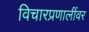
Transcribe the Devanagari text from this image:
विचारप्रणालींवर